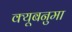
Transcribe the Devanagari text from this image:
क्यूबनुमा